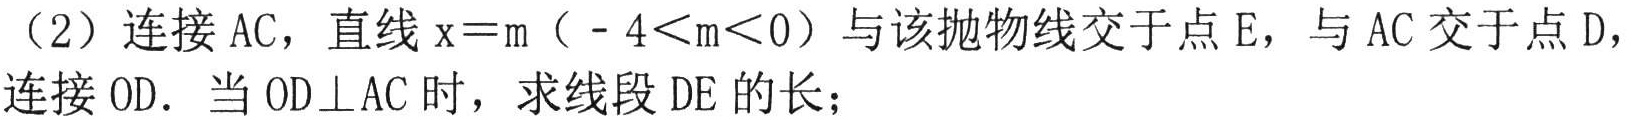
（2）连接AC，直线\(x = m（ - 4<m<0）\)与该抛物线交于点E，与AC交于点D，连接OD. 当\(OD\perp AC\)时，求线段DE的长；